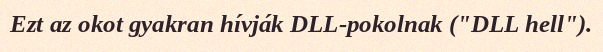
Ezt az okot gyakran hívják DLL-pokolnak ("DLL hell").